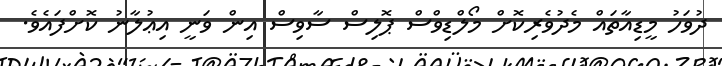
ދުވަހު މީޑިއާތައް މެދުވެރިކޮށް މޯލްޑިވްސް ޕޮލިސް ސާވިސް އިން ވަނީ އިޢުލާނު ކޮށްފައެވެ.